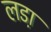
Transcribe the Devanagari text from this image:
लडा़